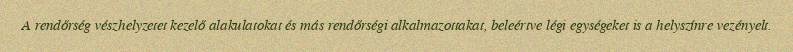
A rendőrség vészhelyzetet kezelő alakulatokat és más rendőrségi alkalmazottakat, beleértve légi egységeket is a helyszínre vezényelt.